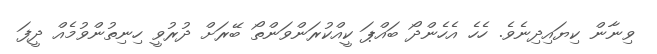
ވިނާން ކިޔައިދިނެވެ. ހެހެ އެހެންދޯ ބައްޕަ ކީއްކުރަންވަންތޯ ބޭރަށް ދުރުވީ ހިނިތުންވުމެއް ދީފަ